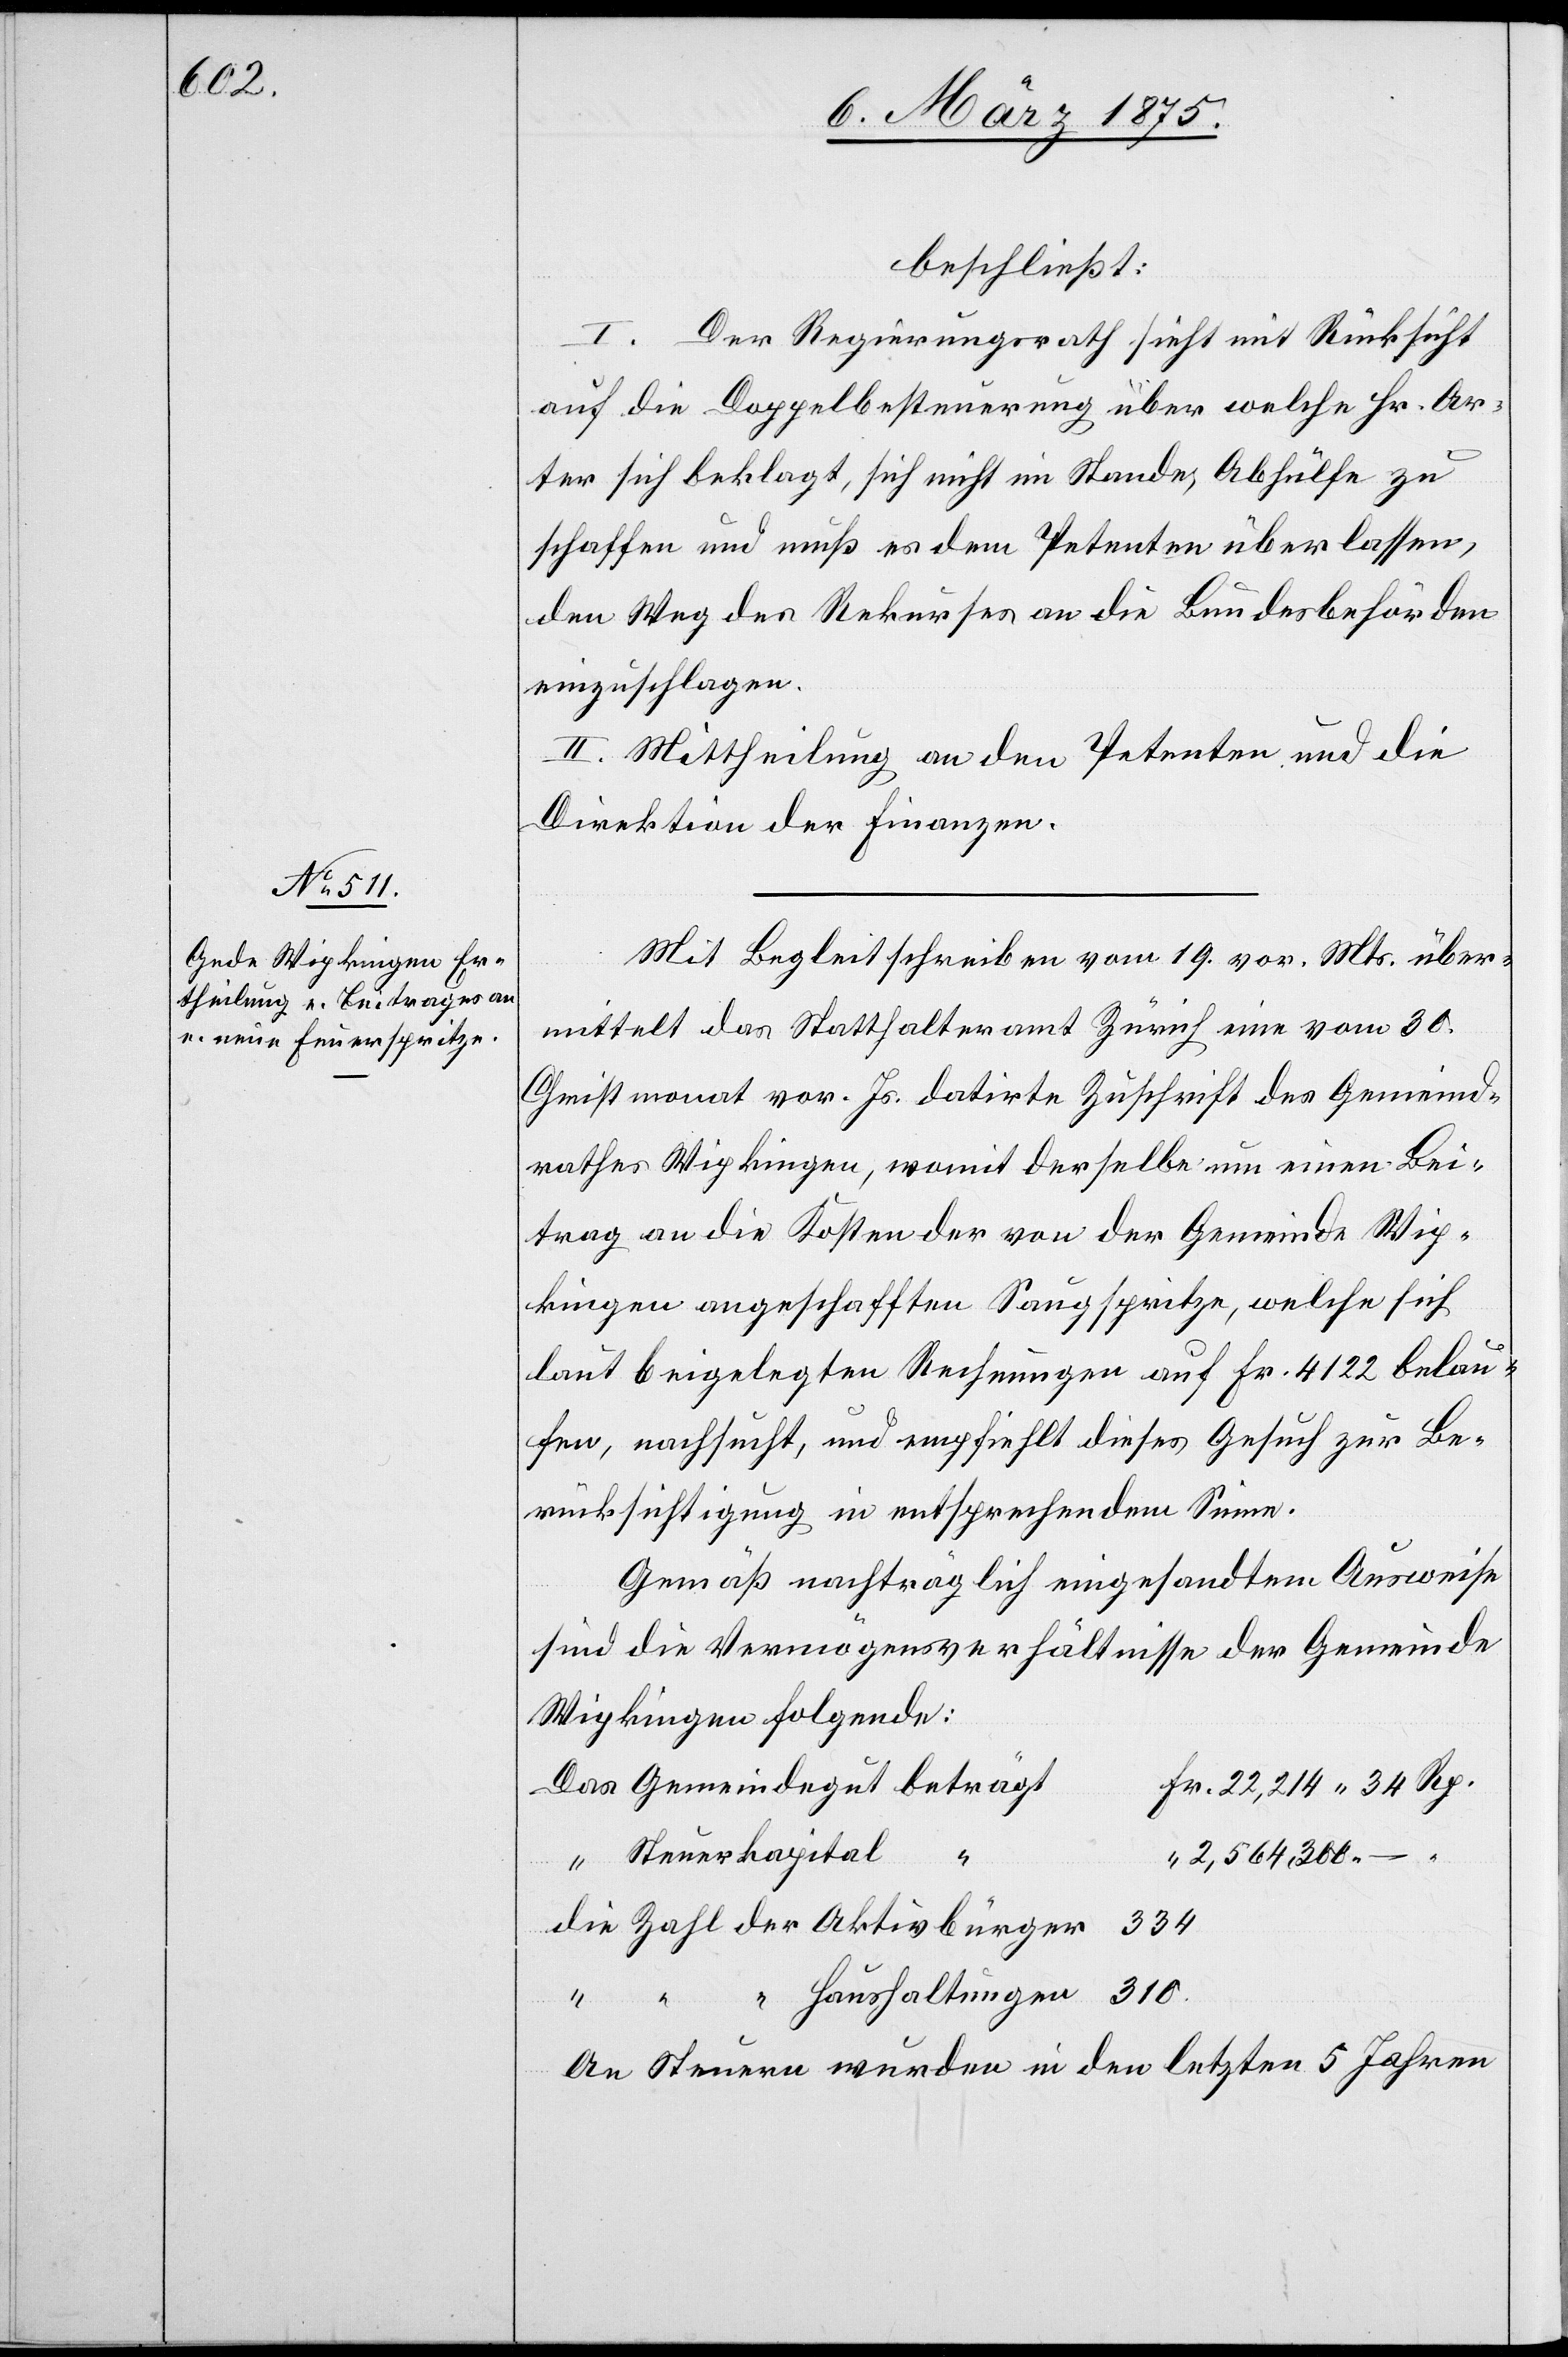
beschließt:
I. Der Regierungsrath sieht mit Rücksicht
auf die Doppelbesteuerung über welche Hr. Ar¬
ter sich beklagt, sich nicht im Stande, Abhülfe zu
schaffen und muß es dem Petenten überlassen,
den Weg des Rekurses an die Bundesbehörden
einzuschlagen.
II. Mittheilung an den Petenten und die
Direktion der Finanzen.
Mit Begleitschreiben vom 19. vor. Mts. über¬
mittelt das Statthalteramt Zürich eine vom 30.
Christmonat vor. Jr. datirten Zuschrift des Gemeind¬
rathes Wipkingen, womit derselbe um einen Bei¬
trag an die Kosten der von der Gemeinde Wip¬
kingen angeschafften Saugspritze, welche sich
laut beigelegten Rechnungen auf Fr. 4122 belau¬
fen, nachsucht, und empfiehlt dieses Gesuch zur Be¬
rücksichtigung in entsprechendem Sinn.
Gemäß nachträglich eingesandtem Ausweise
sind die Vermögensverhältnisse der Gemeinde
Wipkingen folgende:
Steuerkapital
2,564,300
An Steuern wurden in den letzten 5 Jahren